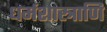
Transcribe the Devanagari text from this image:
धर्मशास्त्राणि